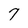
Character: 7